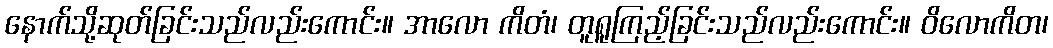
နောက်သို့ဆုတ်ခြင်းသည်လည်းကောင်း။ အာလော ကိတံ၊ တူရူကြည့်ခြင်းသည်လည်းကောင်း။ ဝိလောကိတ၊